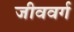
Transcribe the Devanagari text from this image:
जीववर्ग